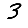
Digit: 3